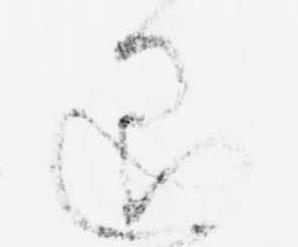
退